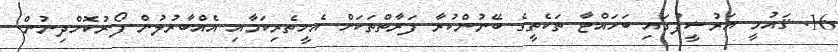
16. ޤައުމީ އަރުޝީފުގައި ބަހައްޓާ ތަކެތީގެ ބޭނުންކުރާ ފަރާތްތަކަށް އެހީތެރިކަމާއި އެއްބާރުލުން ފޯރުކޮށްދިނުން.